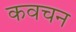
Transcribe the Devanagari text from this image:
कवचन